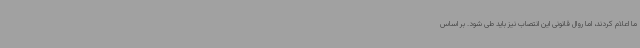
ما اعلام کردند، اما روال قانونی این انتصاب نیز باید طی شود. بر اساس